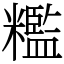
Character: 糮